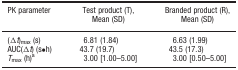
| PK parameter | Test product (T), Mean (SD) | Branded product (R), Mean (SD) |
 | --- | --- | --- |
 | (Δt)max (s) | 6.81 (1.84) | 6.63 (1.99) |
 | AUC(Δt) (s•h) | 43.7 (19.7) | 43.5 (17.3) |
 | Tmax (h)a | 3.00 [1.00–5.00] | 3.00 [0.50–5.00] |